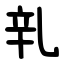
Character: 乵